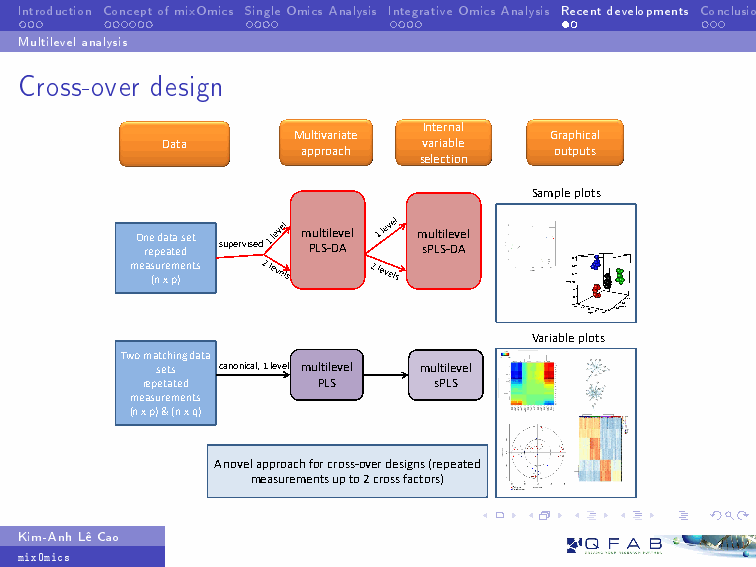
Introduction ConceptofmixOmics SingleOmicsAnalysis IntegrativeOmicsAnalysis Recentdevelopments Conclusions
 Multilevelanalysis
 Cross-over design
 Internal
 Multivariate     Graphical
 Data             variable
 approach         outputs
 selection
 Sample plots
 One data set multilevel multilevel
 repeated supervised PLS-DA sPLS-DA
 measurements
 (n x p)
 Variable plots
 Two matching data
 sets canonical, 1 level multilevel multilevel
 repetated   PLS     sPLS
 measurements
 (n x p) & (n x q)
 A novel approach for cross-over designs (repeated
 measurements up to 2 cross factors)
 Kim-AnhLŒCao
 mixOmics